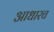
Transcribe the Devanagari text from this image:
आधारच